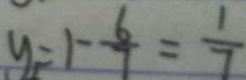
y _ { 2 } = 1 - \frac { 6 } { 7 } = \frac { 1 } { 7 }